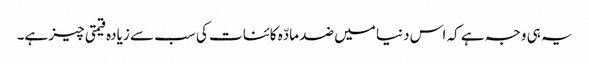
یہ ہی وجہ ہے کہ اس دنیا میں ضد مادّہ کائنات کی سب سے زیادہ قیمتی چیز ہے۔